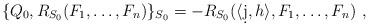
LaTeX: \begin{align*}\{Q_0,R_{S_0}(F_1,\ldots,F_n)\}_{S_0}= -R_{S_0}(\langle\d j,h\rangle,F_1,\ldots,F_n) \ ,\end{align*}